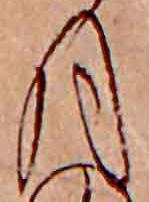
月